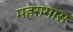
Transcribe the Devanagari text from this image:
महरागास